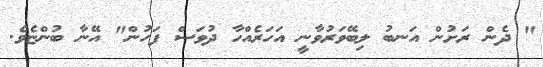
" ދެން ރަށުން އަނބު ލިބޭވަރުވާނީ އަހަރެއްހާ ދުވަސް ފަހުން" އޭނާ ބުންޏެވެ.